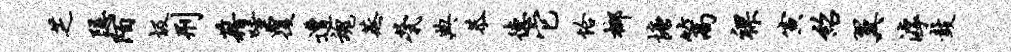
芝隐陌圾刑藉唾覆遭魂蒸茕典恭德它恰榔塘篙裸寅绍翼滹鼓